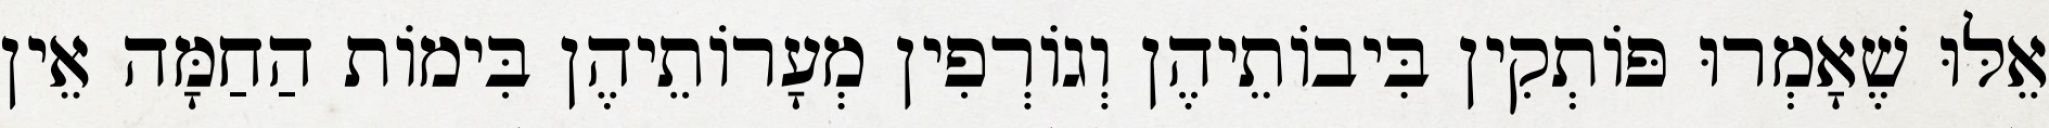
אֵלּוּ שֶׁאָמְרוּ פּוֹתְקִין בִּיבוֹתֵיהֶן וְגוֹרְפִין מְעָרוֹתֵיהֶן בִּימוֹת הַחַמָּה אֵין